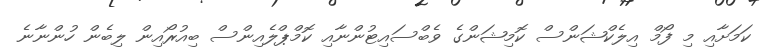
ކަމަށާއި މި ފޯމް އިލެކްޝަންސް ކޮމިޝަންގެ ވެބްސައިޓުންނާއި ކޮމްޕްލެއިންސް ބިއުރޯއިން ލިބެން ހުންނާނެ